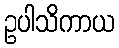
ဥပါသိကာယ